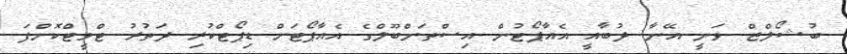
ބުޝޯލްޒް ވަނީ އޭނާ ދުބާއީ އެއާޕޯޓުން އިސްތަންބޫލްގެ އެއާޕޯޓަށް ޑިޕޯޓްކުރި ދަތުރު ޓްވީޓްކޮށްފަ